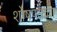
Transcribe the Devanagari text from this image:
शोषण्याचा